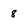
Character: 8